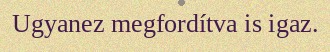
Ugyanez megfordítva is igaz.